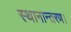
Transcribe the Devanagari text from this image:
स्थानान्तरण।